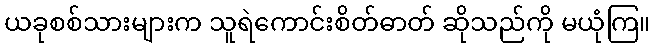
ယခုစစ်သားများက သူရဲကောင်းစိတ်ဓာတ် ဆိုသည်ကို မယုံကြ။